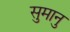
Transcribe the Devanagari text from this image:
सुमानु